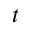
t